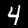
Digit: 4